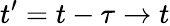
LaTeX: t^{\prime}=t-\tau\to t